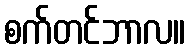
စက်တင်ဘာလ။